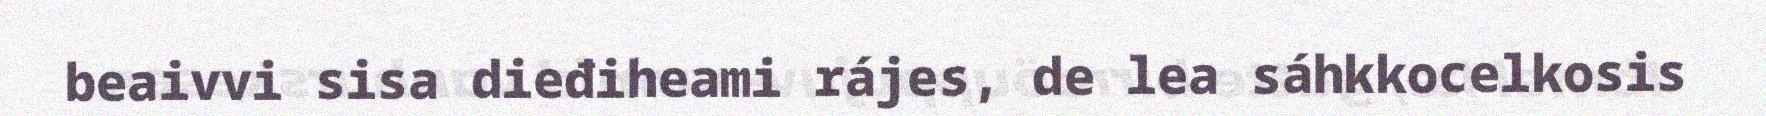
beaivvi sisa dieđiheami rájes, de lea sáhkkocelkosis